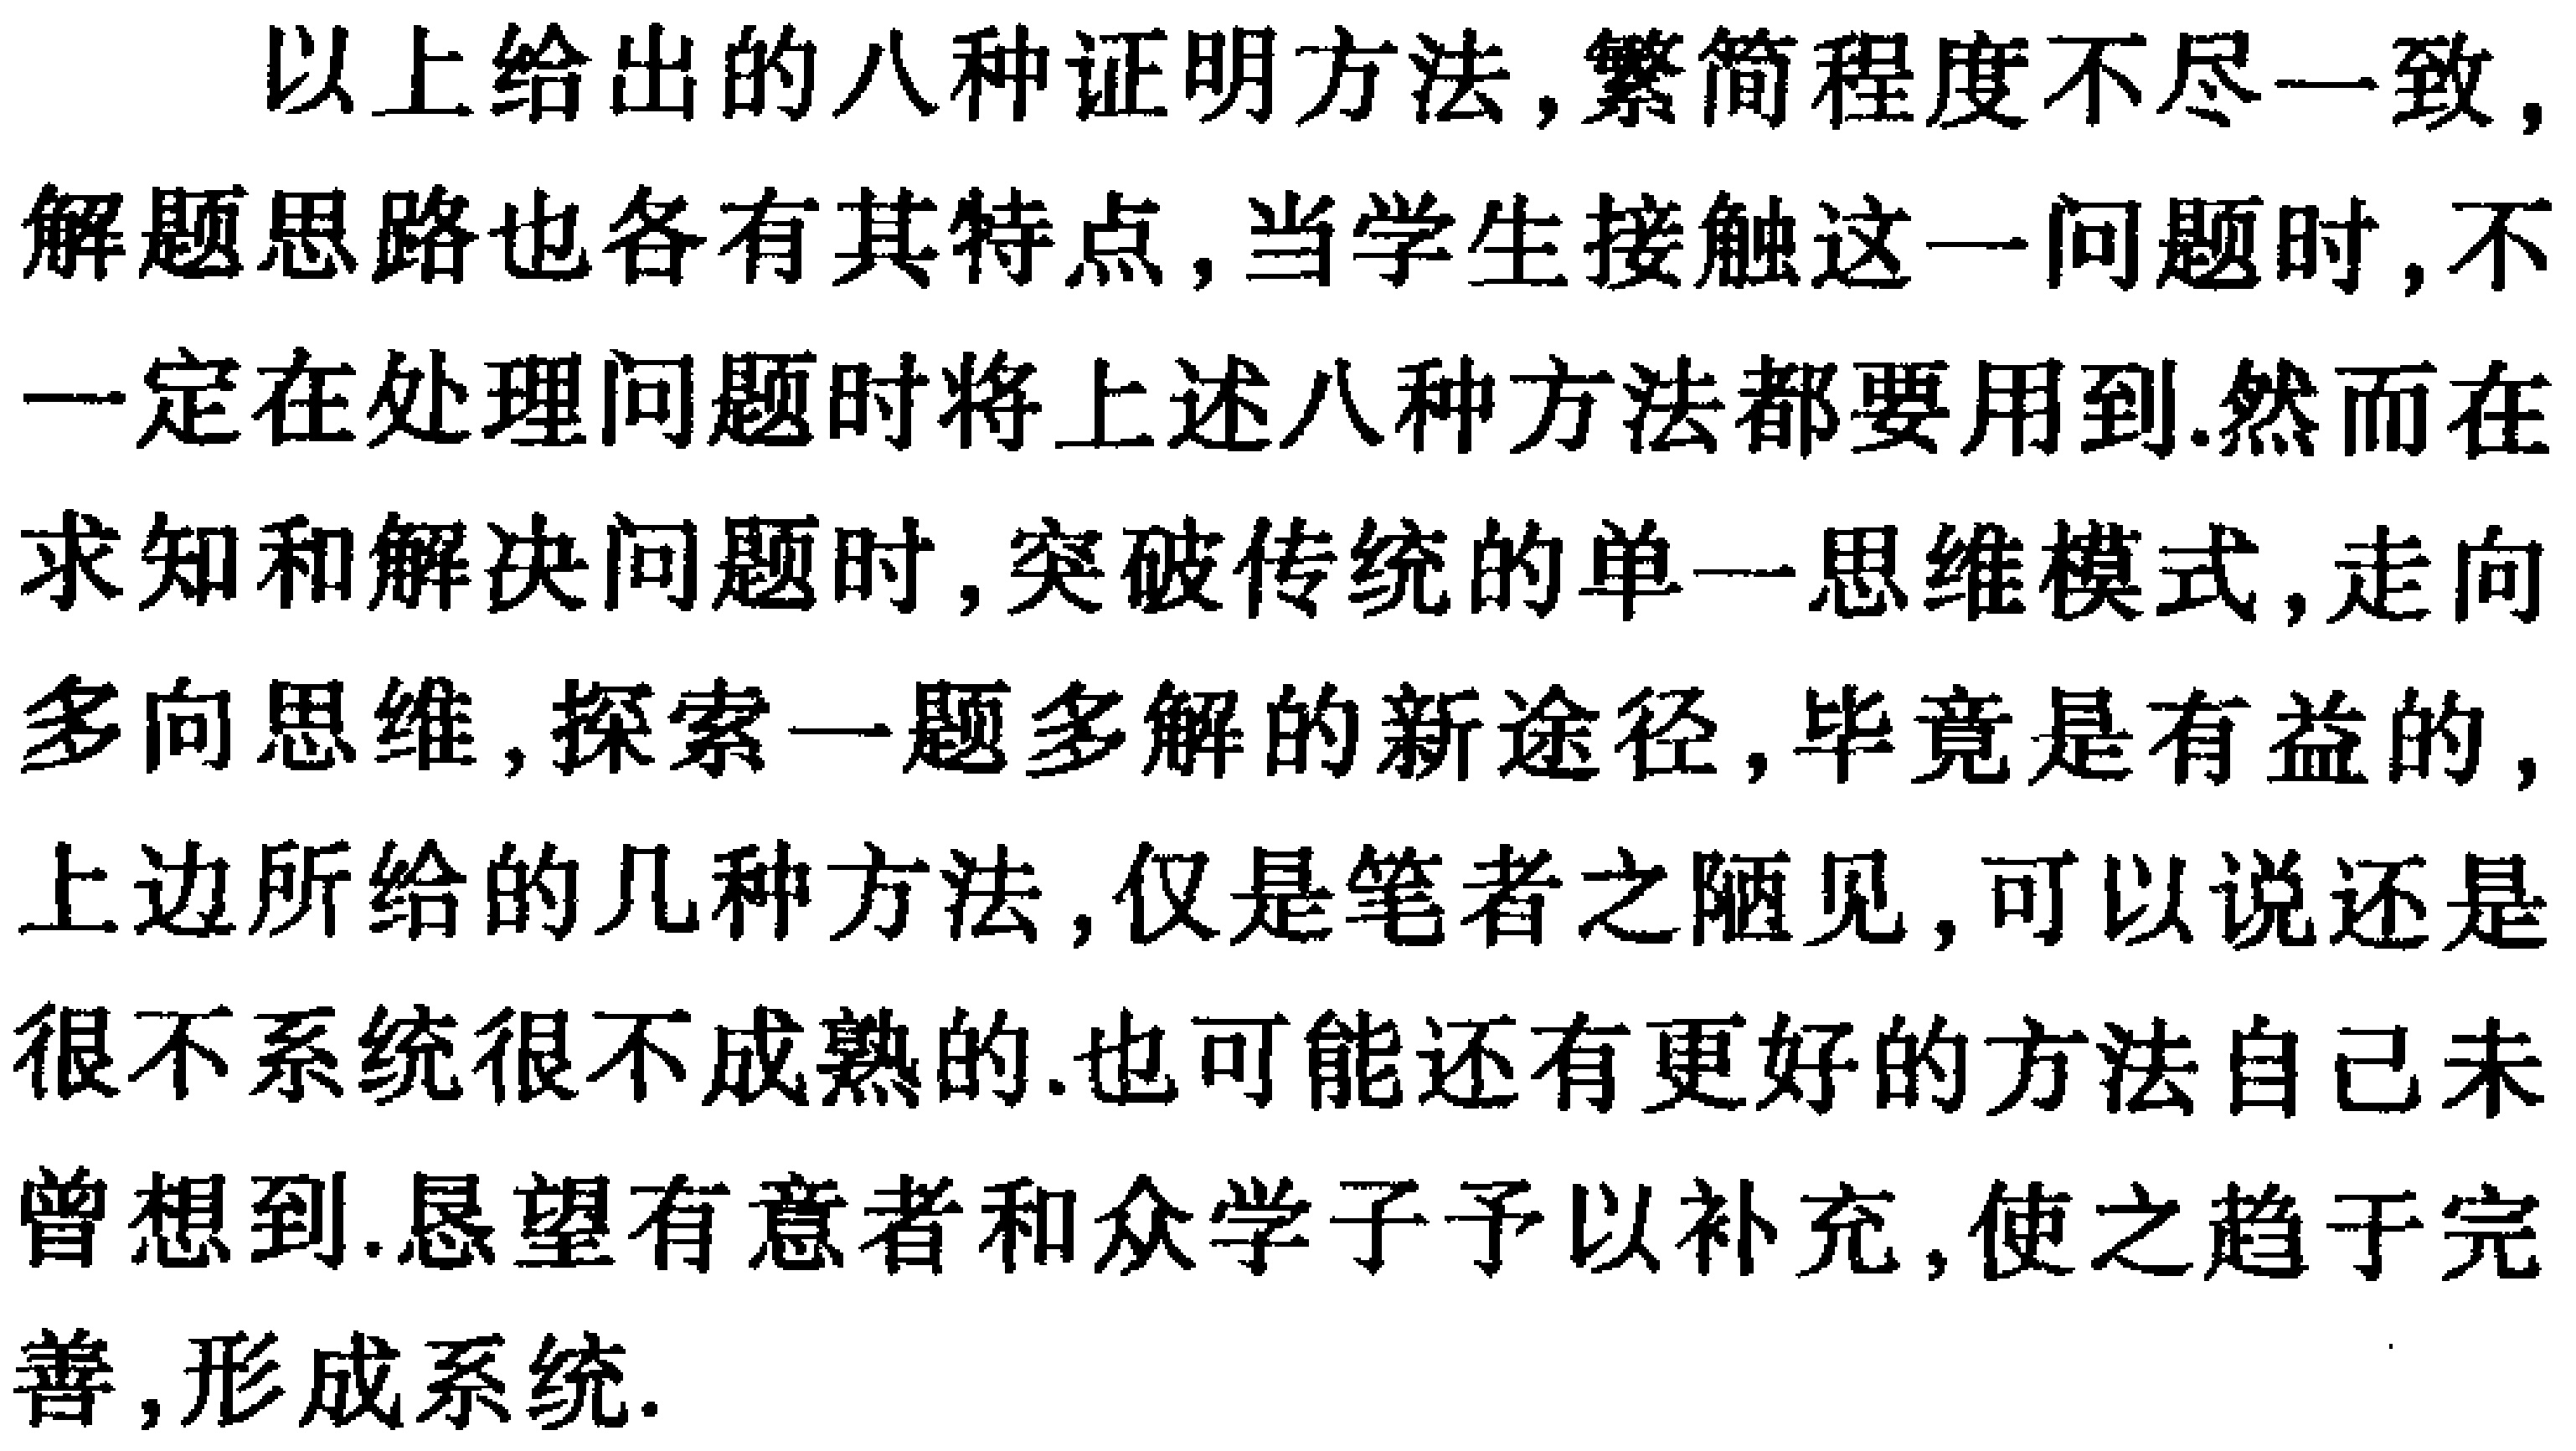
以上给出的八种证明方法,繁简程度不尽一致,
解题思路也各有其特点,当学生接触这一问题时,不
一定在处理问题时将上述八种方法都要用到.然而在
求知和解决问题时,突破传统的单一思维模式,走向
多向思维,探索一题多解的新途径,毕竟是有益的,
上边所给的几种方法,仅是笔者之陋见,可以说还是
很不系统很不成熟的.也可能还有更好的方法自己未
曾想到.恳望有意者和众学子予以补充,使之趋于完
善,形成系统.